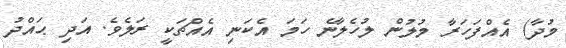
މުދާ) އެއްފަހަރާ މުލުން ލުހެލާނެ ހަމަ އެކަނި އެއްޗަކީ ރަލެވެ. އަދި ޙައްދު